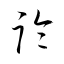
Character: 論